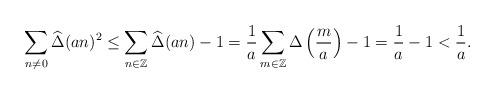
LaTeX: \begin{align*}\sum_{n\ne0}\widehat{\Delta}(an)^{2}\le\sum_{n \in \mathbb{Z}}\widehat{\Delta}(an) - 1 =\frac{1}{a}\sum_{m\in\mathbb{Z}}\Delta\left(\frac{m}{a}\right)-1=\frac{1}{a}-1<\frac{1}{a}.\end{align*}